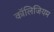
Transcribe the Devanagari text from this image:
कॉलिजियम